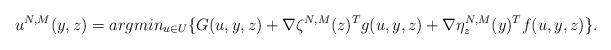
LaTeX: \begin{align*}u^{N,M}(y,z)=argmin_{u\in U}\{G(u,y,z)+\nabla \zeta^{N,M} (z)^T g (u,y , z) + \nabla \eta^{N,M}_z (y)^T f(u,y,z)\}.\end{align*}